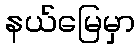
နယ်မြေမှာ